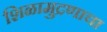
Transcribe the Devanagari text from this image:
शिळामुद्रणाचा